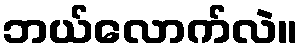
ဘယ်လောက်လဲ။